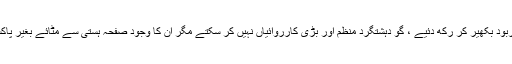
انٹیلی جنس اداروں نے، ان کے نیٹ ورک تاربود بکھیر کر رکھ دئیے ، گو دہشتگرد منظم اور بڑی کارروائیاں نہیں کر سکتے مگر ان کا وجود صفحہ ہستی سے مٹائے بغیر پاکستان کے امن پر خطرات منڈلاتے رہیں گے۔